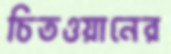
চিতওয়ানের